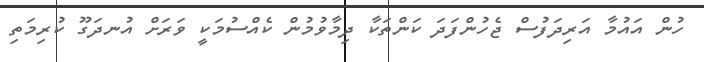
ހުން އައުމާ އަރިދަފުސް ޖެހުންފަދަ ކަންތަކާ ދިމާވުމުން ކެއްސުމަކީ ވަރަށް އުނދަގޫ ކުރިމަތި